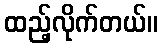
ထည့်လိုက်တယ်။